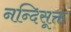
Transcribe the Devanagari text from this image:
नन्दिसूक्त